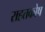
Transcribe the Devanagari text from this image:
राहतकोष